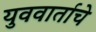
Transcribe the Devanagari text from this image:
युववार्ताचे